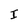
Character: I